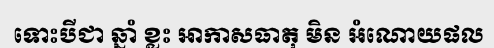
ទោះបីជា ឆ្នាំ ខ្លះ អាកាសធាតុ មិន អំណោយផល